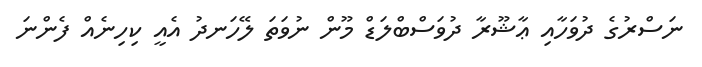
ނަސްރުގެ ދުވަހާއި ޢާޝޫރާ ދުވަސްބްލަޑް މޫން ނުވަތަ ލޭހަނދު އެއީ ކިހިނެއް ފެންނަ